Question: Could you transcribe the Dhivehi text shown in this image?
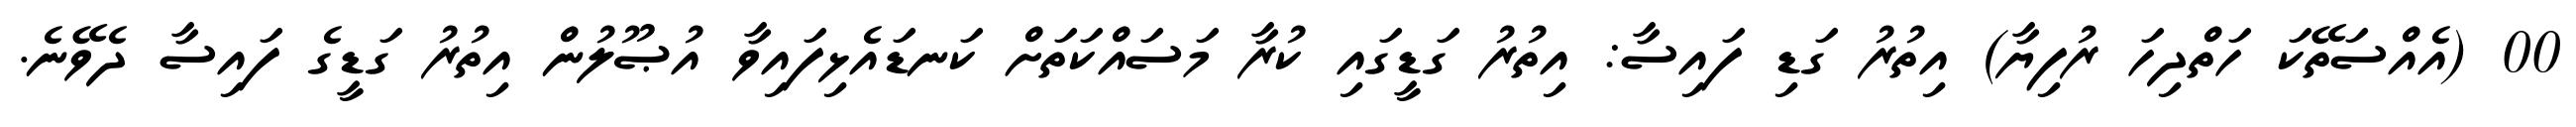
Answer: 00 (އެއްސަތޭކަ ހަތްދިހަ ރުފިޔާ) އިތުރު ގަޑި ފައިސާ: އިތުރު ގަޑީގައި ކުރާ މަސައްކަތަށް ކަނޑައެޅިފައިވާ އުޞޫލުން އިތުރު ގަޑީގެ ފައިސާ ދެވޭނެ.